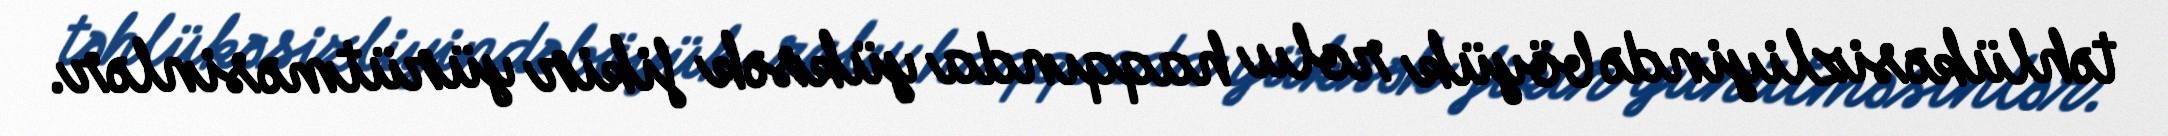
təhlükəsizliyində böyük rolu haqqında yüksək fikir yürütməsinlər.